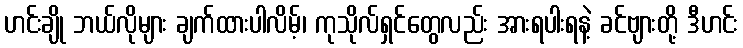
ဟင်းချို ဘယ်လိုများ ချက်ထားပါလိမ့်၊ ကုသိုလ်ရှင်တွေလည်း အားရပါးရနဲ့ ခင်ဗျားတို့ ဒီဟင်း